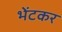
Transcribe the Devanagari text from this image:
भेंटकर